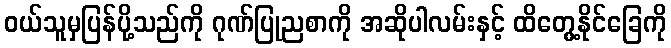
ဝယ်သူမှပြန်ပို့သည်ကို ဂုဏ်ပြုညစာကို အဆိုပါလမ်းနှင့် ထိတွေ့နိုင်ခြေကို